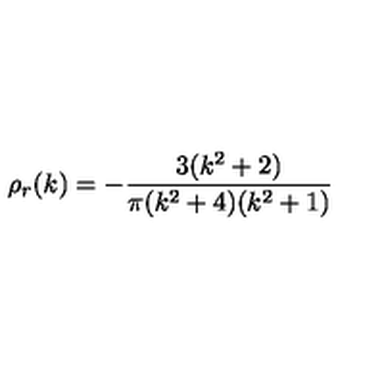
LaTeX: \rho _ { r } ( k ) = - { \frac { 3 ( k ^ { 2 } + 2 ) } { \pi ( k ^ { 2 } + 4 ) ( k ^ { 2 } + 1 ) } }